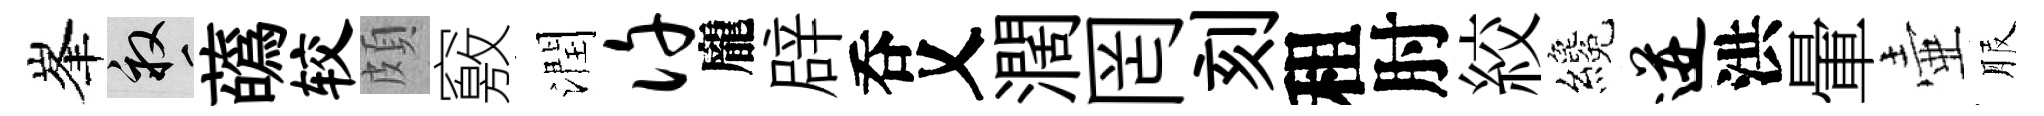
峯畝蘤较頗竅潤许龐辟呑乂濶罔刻租肘絞纔迸洪暈壷服